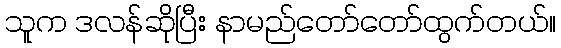
သူက ဒလန်ဆိုပြီး နာမည်တော်တော်ထွက်တယ်။